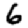
Digit: 6